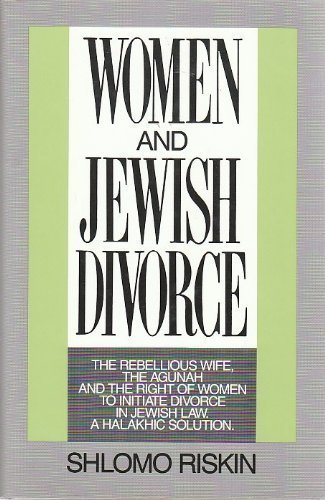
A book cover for Women and Jewish Divorce: The Rebellious Wife, the Agunah and the Right of Women to Initiate Divorce, in Jewish Law, a Halakhic Solution; Shlomo Riskin; Religion & Spirituality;